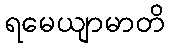
ရမေယျာမာတိ